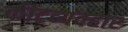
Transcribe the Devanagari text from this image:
कीटव्यवहार